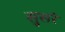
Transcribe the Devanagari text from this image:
सुसरे